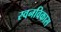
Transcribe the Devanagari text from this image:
स्वनविकास